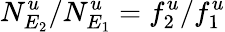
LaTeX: N_{E_{2}}^{u}/N_{E_{1}}^{u}=f_{2}^{u}/f_{1}^{u}